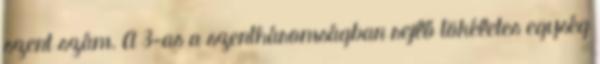
szent szám. A 3-as a szentháromságban rejlő tökéletes egység